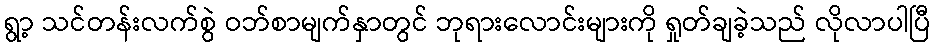
ရွာ့ သင်တန်းလက်စွဲ ဝဘ်စာမျက်နှာတွင် ဘုရားလောင်းများကို ရှုတ်ချခဲ့သည် လိုလာပါပြီ